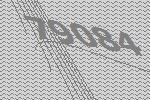
79084